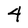
Character: 4